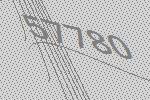
57780